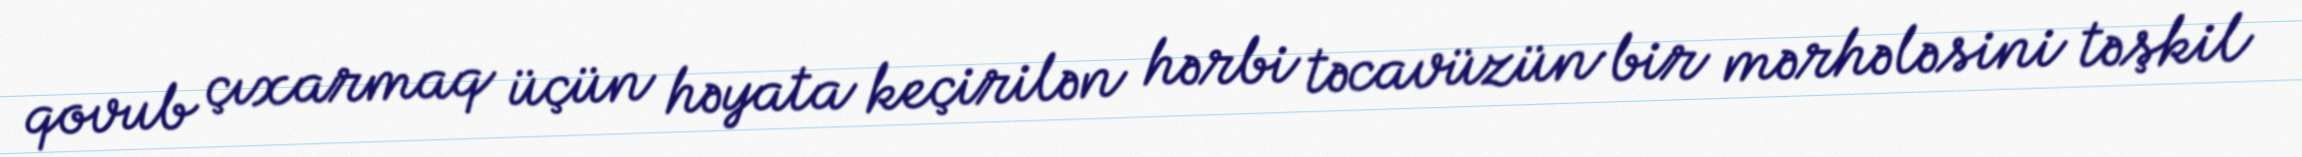
qovub çıxarmaq üçün həyata keçirilən hərbi təcavüzün bir mərhələsini təşkil